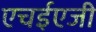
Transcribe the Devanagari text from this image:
एचईएजी